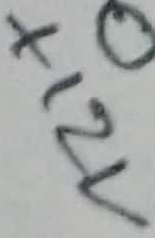
Text: +12V